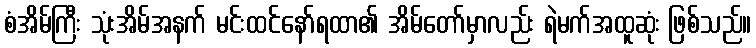
စံအိမ်ကြီး သုံးအိမ်အနက် မင်းထင်နော်ရထာ၏ အိမ်တော်မှာလည်း ရဲမက်အထူဆုံး ဖြစ်သည်။